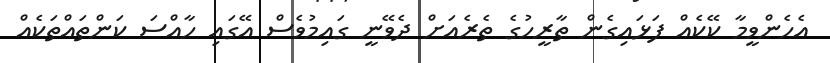
އެހެންވީމާ ކޭކެއް ފަޅައިގެން ތާރީހުގެ ތެރެއަށް ދެވޭނީ ގައިމުވެސް އޭގައި ހާއްސަ ކަންތައްތަކެއް